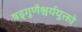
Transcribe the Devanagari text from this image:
षड्गुणैश्वर्ययुक्तो